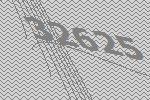
32625